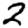
Digit: 2